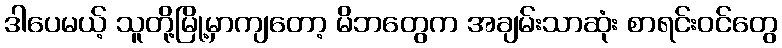
ဒါပေမယ့် သူတို့မြို့မှာကျတော့ မိဘတွေက အချမ်းသာဆုံး စာရင်းဝင်တွေ